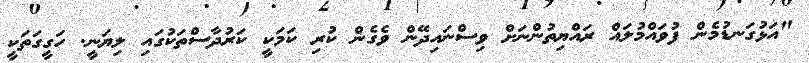
"އަޅުގަނޑުމެން ފުވައްމުލައް ރައްޔިތުންނަށް ވިސްނައިދޭން ވެގެން ކުރި ކަމަކީ ކަރުދާސްތަކުގައި ލިޔަނީ. ހަގީގަތަކީ